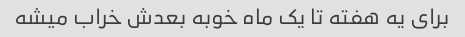
برای یه هفته تا یک ماه خوبه بعدش خراب میشه